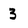
Character: 3